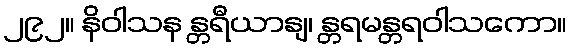
၂၉၂။ နိဝါသန န္တရီယာနျ၊ န္တရမန္တရဝါသကော။